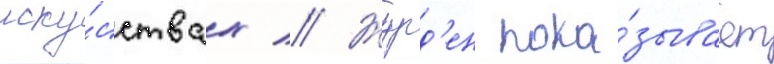
иску́сствах // Журд'ен пока́зывает